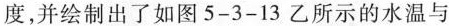
度，并绘制出了如图5-3-13乙所示的水温与